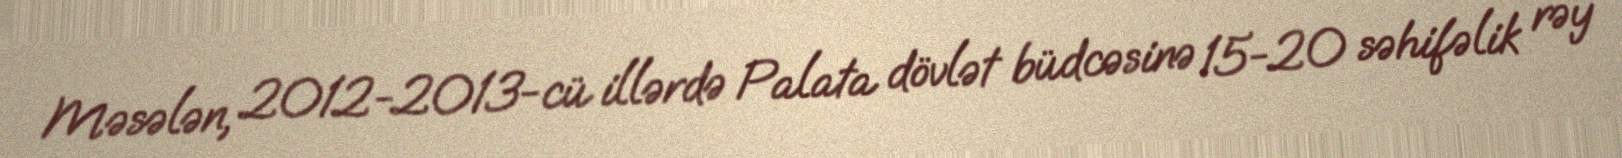
Məsələn, 2012-2013-cü illərdə Palata dövlət büdcəsinə 15-20 səhifəlik rəy